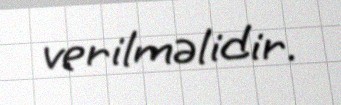
verilməlidir.